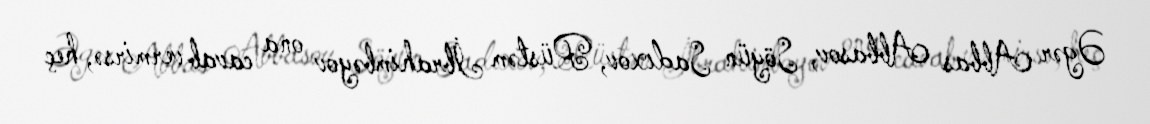
Əgər Abbas Abbasov, Söyün Sadıxov, Rüstəm İbrahimbəyov ona cavab vermirsə, heç